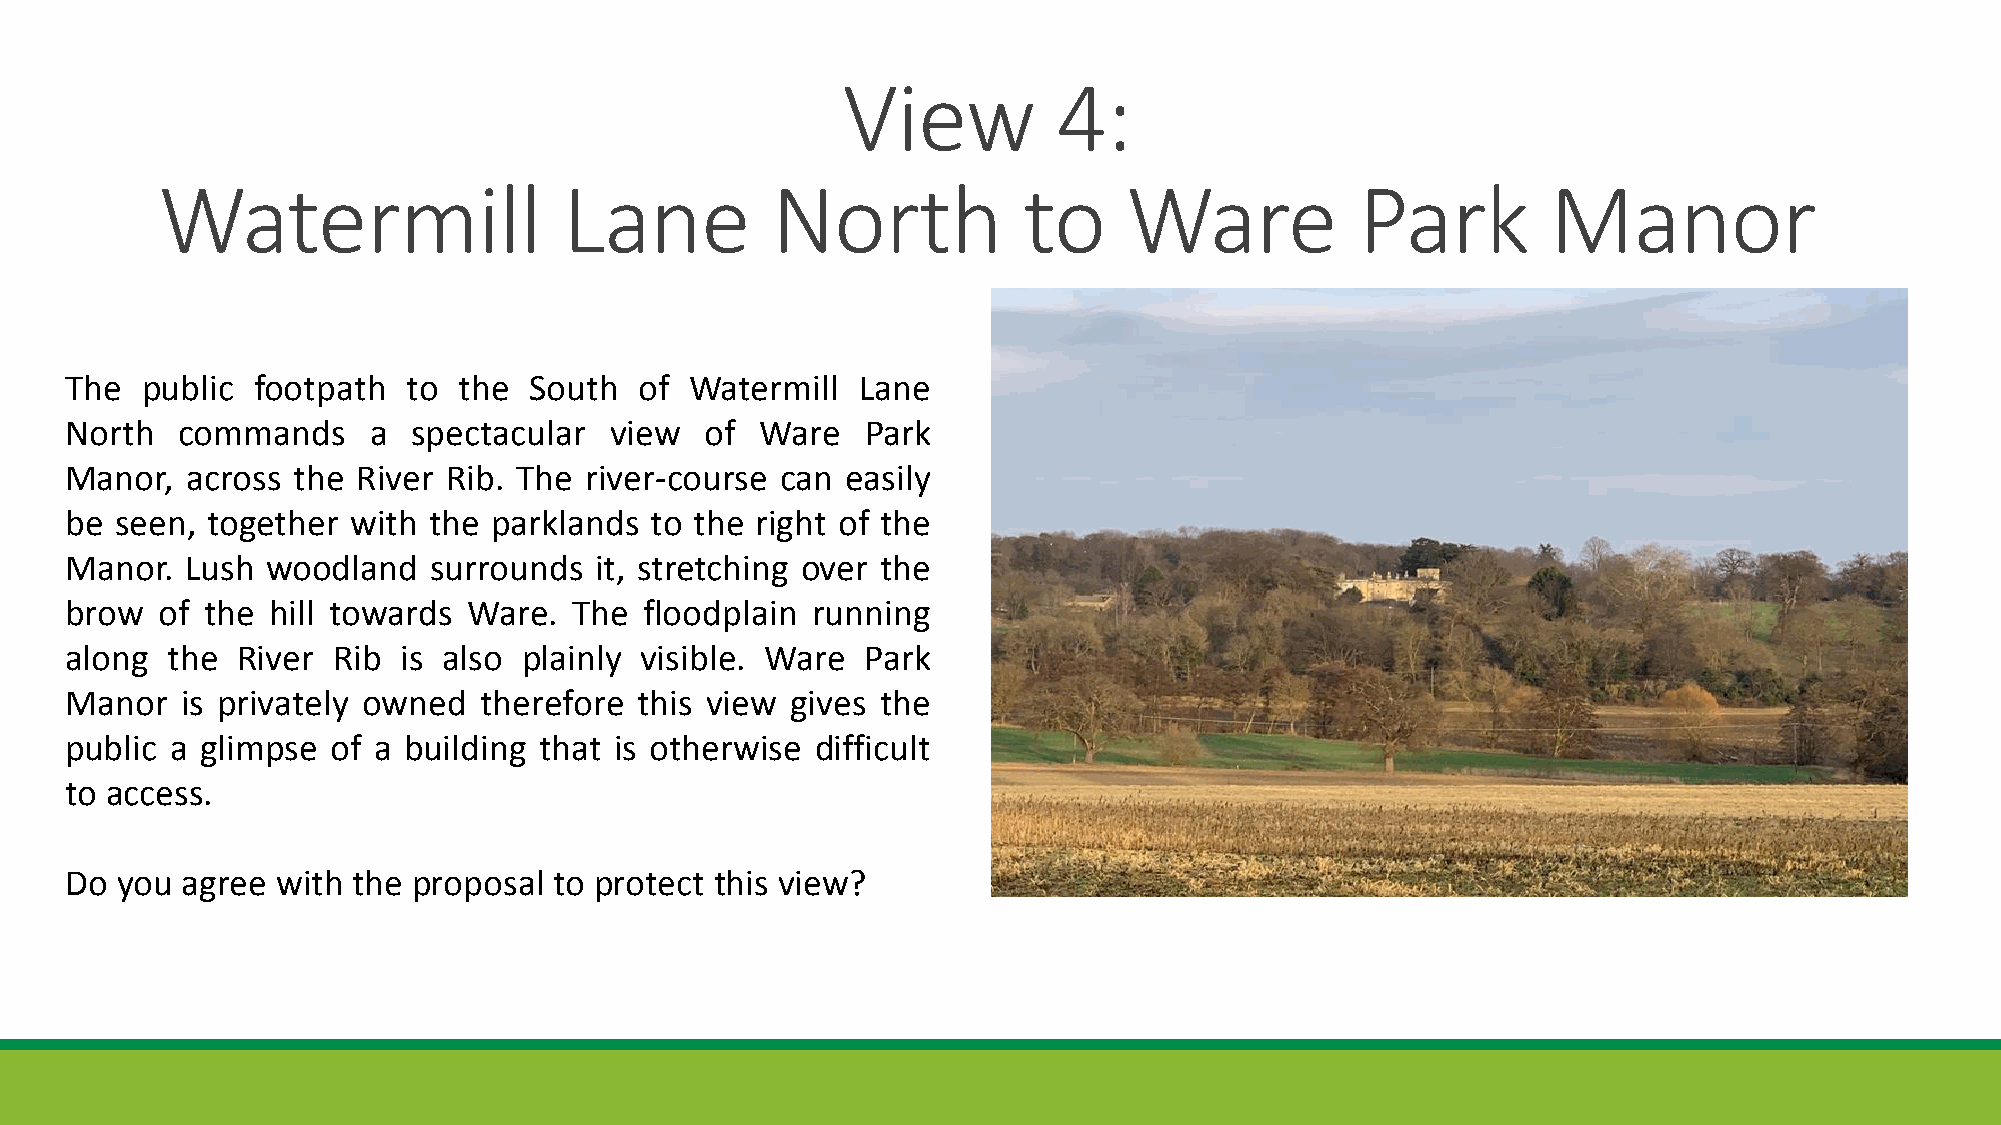
View          4:
 Watermill                  Lane          North            to     Ware           Park         Manor
 The  public  footpath  to the  South  of  Watermill  Lane
 North   commands    a  spectacular  view   of Ware   Park
 Manor,  across the  River Rib. The river-course can easily
 be  seen, together with the parklands  to the right of the
 Manor.  Lush  woodland  surrounds  it, stretching over the
 brow  of the  hill towards Ware.  The  floodplain running
 along  the  River Rib is also  plainly visible. Ware Park
 Manor   is privately owned  therefore this view gives the
 public a glimpse  of a building that is otherwise difficult
 to access.
 Do  you agree with the proposal  to protect this view?